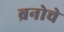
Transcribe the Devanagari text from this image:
ब्रनोचे